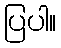
ပြပါ။